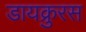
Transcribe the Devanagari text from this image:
डायक्रुरस